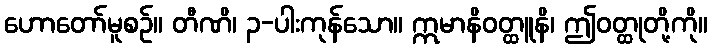
ဟောတော်မူစဉ်။ တီဏိ၊ ၃-ပါးကုန်သော။ ဣမာနိဝတ္ထူနိ၊ ဤဝတ္ထုတို့ကို။